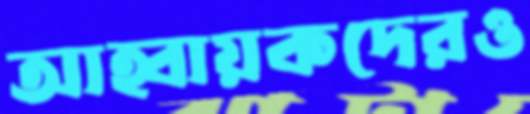
আহ্বায়কদেরও